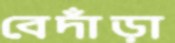
বেদাঁড়া